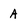
Character: A